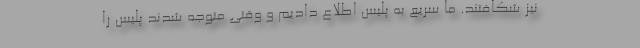
نیز شکافتند. ما سریع به پلیس اطلاع دادیم و وقتی متوجه شدند پلیس را